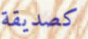
كصديقة